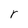
Character: r